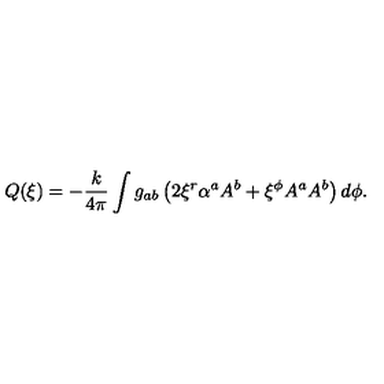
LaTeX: Q ( \xi ) = - { \frac { k } { 4 \pi } } \int g _ { a b } \left( 2 \xi ^ { r } \alpha ^ { a } A ^ { b } + \xi ^ { \phi } A ^ { a } A ^ { b } \right) d \phi .